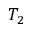
T _ { 2 }